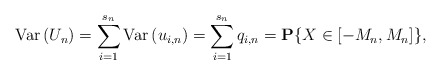
\begin{align*}\mbox{{\rm Var}}\left( U_{n}\right) =\sum_{i=1}^{s_{n}}\mbox{{\rm Var}}\left( u_{i,n}\right) =\sum_{i=1}^{s_{n}}q_{i,n}={\bf P}\{X\in \left[-M_{n},M_{n}\right] \}, \end{align*}